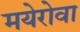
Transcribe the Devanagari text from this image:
मयेरोवा